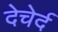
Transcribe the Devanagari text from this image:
देचेर्द